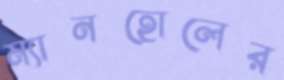
ম্যানহোলের